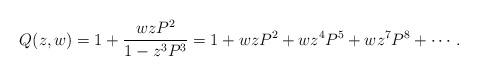
LaTeX: \begin{align*} Q(z, w) = 1 + \frac {w z P^2}{1 - z^3 P^3} = 1 + w z P^2 + w z^4 P^5 + w z^7 P^8 + \cdots.\end{align*}